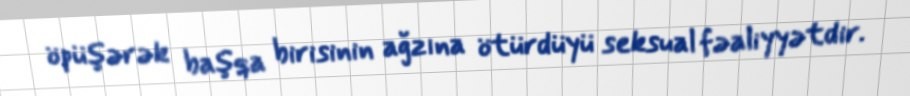
öpüşərək başqa birisinin ağzına ötürdüyü seksual fəaliyyətdir.